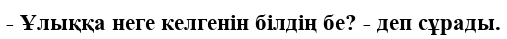
- Ұлыққа неге келгенін білдің бе? - деп сұрады.